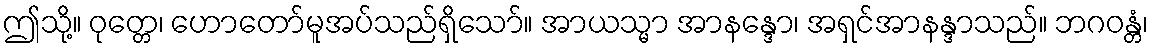
ဤသို့။ ဝုတ္တေ၊ ဟောတော်မူအပ်သည်ရှိသော်။ အာယသ္မာ အာနန္ဒော၊ အရှင်အာနန္ဒာသည်။ ဘဂဝန္တံ၊